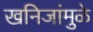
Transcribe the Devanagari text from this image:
खनिजांमुळे